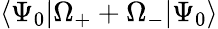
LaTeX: \langle\Psi_{0}|\Omega_{+}+\Omega_{-}|\Psi_{0}\rangle